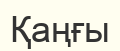
Қаңғы